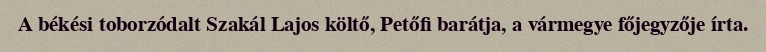
A békési toborzódalt Szakál Lajos költő, Petőfi barátja, a vármegye főjegyzője írta.